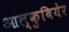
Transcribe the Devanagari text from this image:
आल्कुबियेर